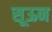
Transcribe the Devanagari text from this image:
सूऊन